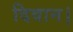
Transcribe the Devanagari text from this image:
दिवान।